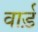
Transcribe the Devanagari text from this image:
वार्ड़